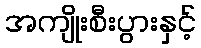
အကျိုးစီးပွားနှင့်